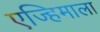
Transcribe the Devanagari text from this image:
एज्हिमाला